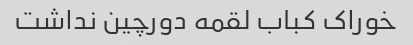
خوراک کباب لقمه دورچین نداشت